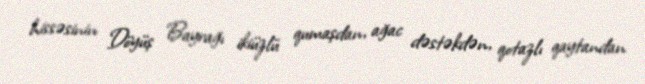
hissəsinin Döyüş Bayrağı ikiüzlü qumaşdan, ağac dəstəkdən, qotazlı qaytandan